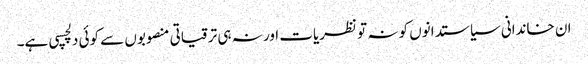
ان خاندانی سیاستدانوں کو نہ تو نظریات اور نہ ہی ترقیاتی منصوبوں سے کوئی دلچسپی ہے۔